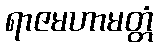
ရာဇမဟာမတ္တံ